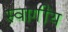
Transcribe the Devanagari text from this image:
स्वागींय